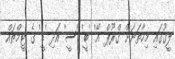
ލީގުގައި މިހާތަނަށް ގްރޫޕް 'އޭ' 'ބީ' 'ސީ' އަދި 'ޑީ' ގެ ޓީމްތައް